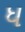
ધ